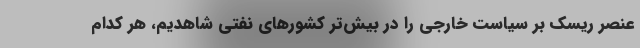
عنصر ریسک بر سیاست خارجی را در بیش‌تر کشورهای نفتی شاهدیم، هر کدام